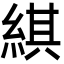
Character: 綨